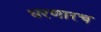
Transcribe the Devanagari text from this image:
धरणारच